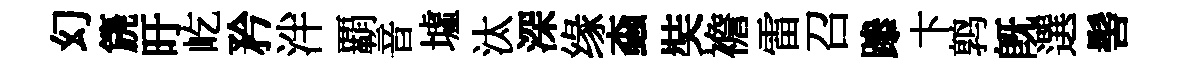
幻篪旴屹矜泮覇音墟汰深缘螙奘襜雷召𨅶卞鹑旣選髻